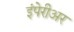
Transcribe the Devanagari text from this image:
इंपेरीअर